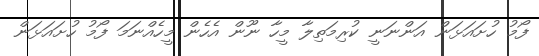
ފޯމު ހުށައަޅަން އަންނަނީ ކުރިމަތިލާ މީހާ ނޫން އެހެން މީހެއްނަމަ ފޯމު ހުށައަޅަން